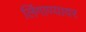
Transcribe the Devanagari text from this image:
लिंगाण्यावर